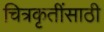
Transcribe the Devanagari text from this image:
चित्रकृतींसाठी